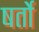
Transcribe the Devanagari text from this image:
षर्तो